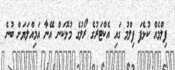
ފިލްމެއް ކުޅެފަ ފިލްމު ގައި އެކްޓަރުގެ ރޯލުގެ މުޅޮކަން އޭނާ އަމިއްލަޔަށް ބުނެ